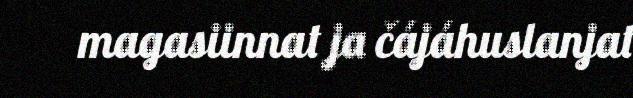
magasiinnat ja čájáhuslanjat